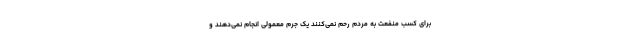
برای کسب منفعت به مردم رحم نمی‌کنند یک جرم معمولی انجام نمی‌دهند و